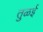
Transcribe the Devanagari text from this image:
तुळई